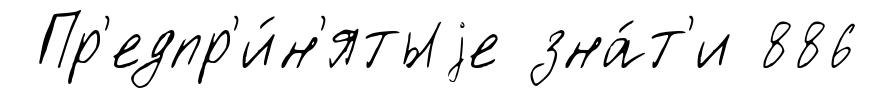
Пр'едпр'и́н'ятыjе зна́т'и 886